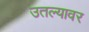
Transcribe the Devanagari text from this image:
उतल्यावर